Lunatic asylums in Bengal annual reports 1912-1924 - 1912-1924
Year: 1912
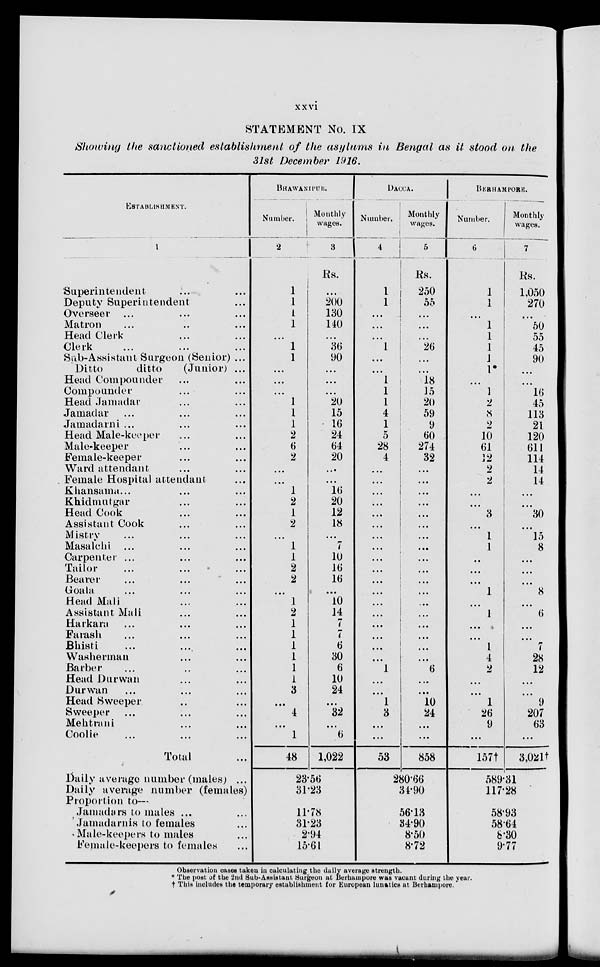
xxvi
STATEMENT No. IX
Showing the sanctioned establishment of the asylums in Bengal as it stood on the
31st December 1916.
ESTABLISHMENT.
1
Superintendent ... ...
Deputy Superintendent ...
Overseer ... ... ...
Matron ... ... ...
Head Clerk ... ... ...
Clerk ... ... ...
Sub-Assistant Surgeon (Senior) ...
Ditto
ditto
(Junior) ...
Head Compounder ... ...
Compounder ... ...
Head Jamadar ... ...
Jamadar ... ... ...
Jamadarni ... ... ...
Head Male-keeper ... ...
Male-keeper ... ...
Female-keeper ... ...
Ward attendant ... ...
Female Hospital attendant ...
Khansama... ... ...
Khidmutgar ... ...
Head Cook ... ...
Assistant Cook ... ...
Mistry ... ... ...
Masalchi ... ... ...
Carpenter ... ... ...
Tailor ... ... ...
Bearer ... ... ...
Goala ... ... ...
Head Mali ... ...
Assistant Mali ... ...
Harkara ... ... ...
Farash ... ... ...
Bhisti ... ... ...
Washerman ... ...
Barber ... ... ...
Head Durwan ... ...
Durwan ... ... ...
Head Sweeper ... ...
Sweeper ... ... ...
Mehtrani ... ...
Coolie ... ... ...
Total ...
Daily average number (males) ...
Daily average number (females)
Proportion to—
Jamadars to males ... ...
Jamadarnis to females ...
Male-keepers to males ...
Female-keepers to females ...
BHAWANPUR.
Number.
2
1
1
1
1
...
1
1
...
...
...
1
1
1
2
6
2
...
...
1
2
1
2
...
1
1
2
2
...
1
2
1
1
1
1
1
1
3
...
4
...
1
48
Monthly
wages.
3
Rs.
...
200
130
140
...
36
90
...
...
...
20
15
16
24
64
20
...
...
16
20
12
18
...
7
10
16
16
...
10
14
7
7
6
30
6
10
24
...
32
...
6
1,022
23.56
31.23
11.78
31.23
2.94
15.61
DACCA.
Number.
4
1
1
...
...
...
1
...
...
1
1
1
4
1
5
28
4
...
...
...
...
...
...
...
...
...
...
...
...
...
...
...
...
...
...
1
...
...
1
3
...
...
53
Monthly
wages.
5
Rs.
250
55
...
...
...
26
...
...
18
15
20
59
9
60
274
32
...
...
...
...
...
...
...
...
...
...
...
...
...
...
...
...
...
...
6
...
...
10
24
...
...
858
280.66
34.90
56.13
34.90
8.50
8.72
BERHAMPORE.
Number.
6
1
1
...
1
1
1
1
1*
...
1
2
8
2
10
61
12
2
2
...
...
3
...
1
1
...
...
...
1
...
1
...
...
1
4
2
...
...
1
26
9
...
157†
Monthly
wages.
7
Rs.
1,050
270
...
50
55
45
90
...
...
16
45
113
21
120
611
114
14
14
...
...
30
...
15
8
...
...
...
8
...
6
...
...
7
28
12
...
...
9
207
63
...
3,021†
589.31
117.28
58.93
58.64
8.30
9.77
Observation cases taken in calculating the daily average strength.
* The post of the 2nd Sub-Assistant Surgeon at Berhampore was vacant during the year.
† This includes the temporary establishment for European lunatics at Berhampore.